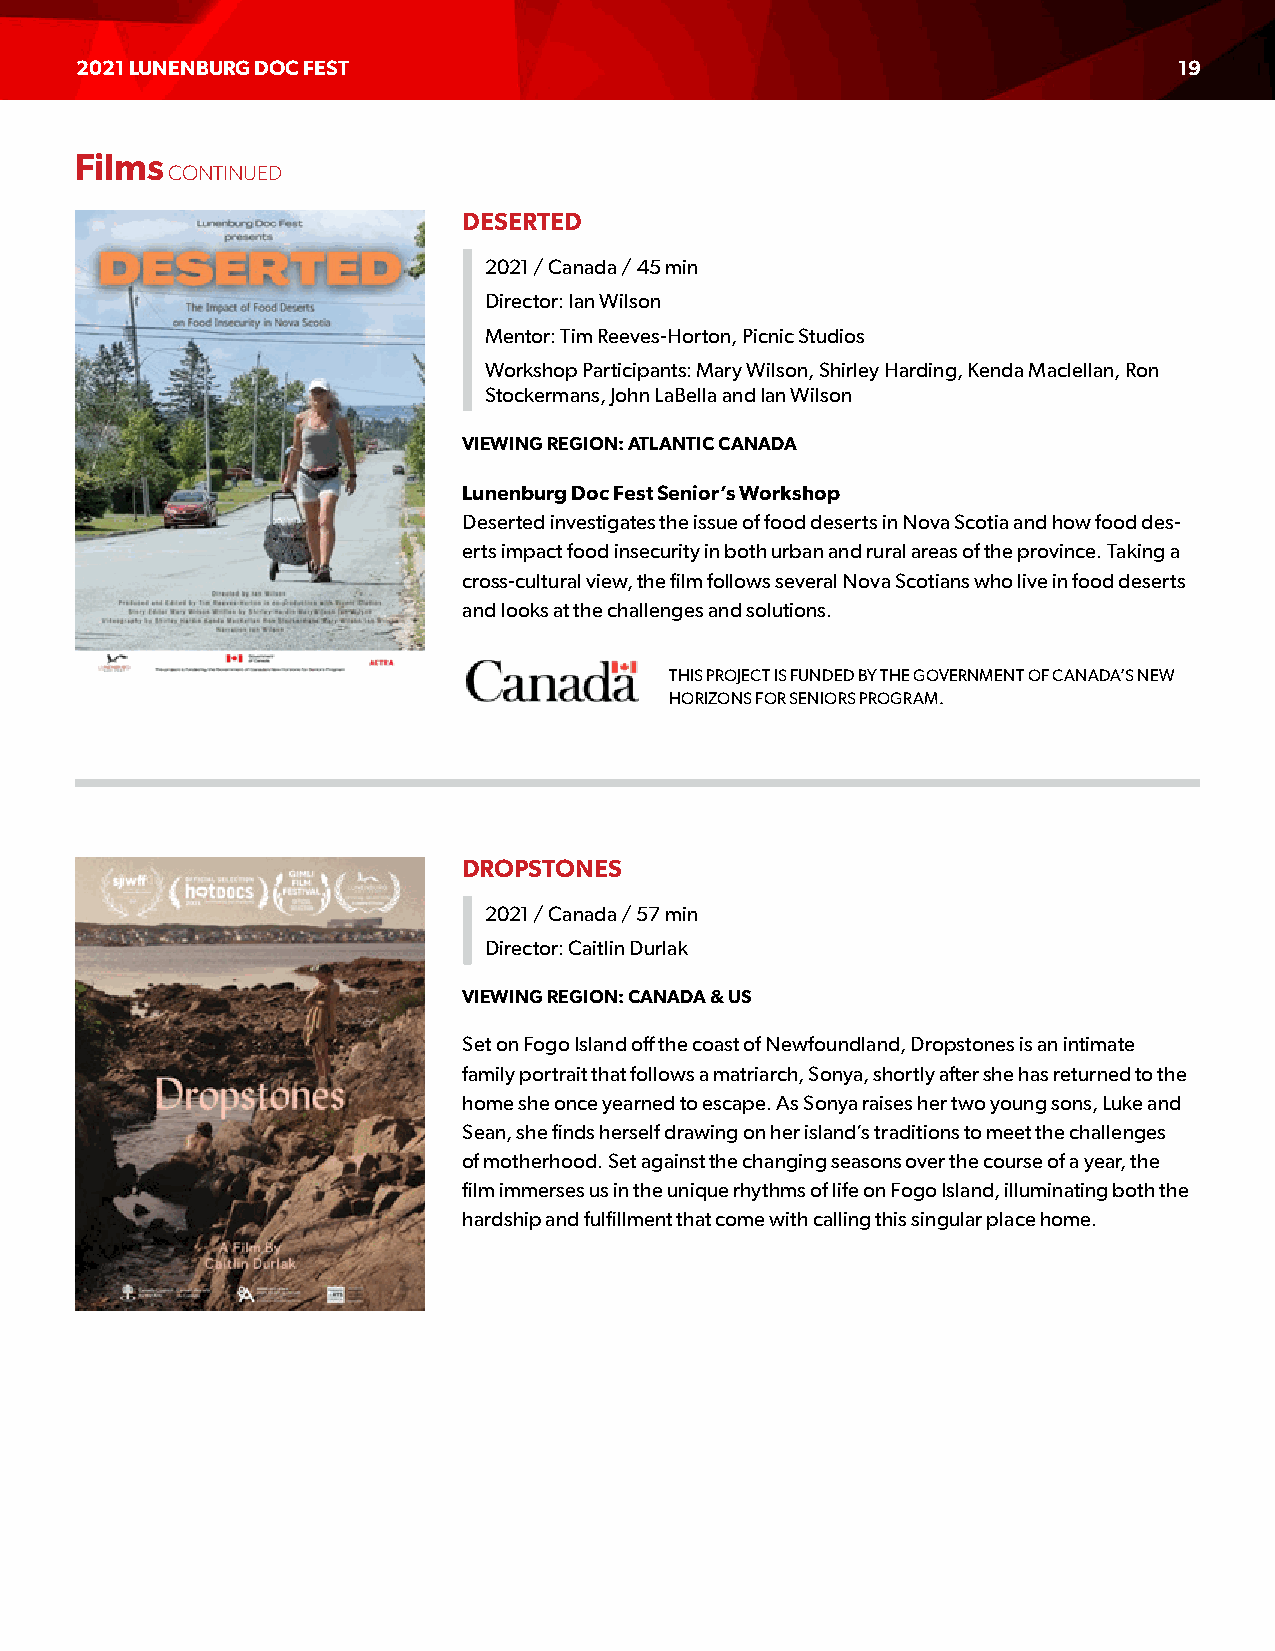
2021 LUNENBURG DOC FEST                                                  19
 Films
 CONTINUED
 DESERTED
 2021 / Canada / 45 min
 Director: Ian Wilson
 Mentor: Tim Reeves-Horton, Picnic Studios
 Workshop Participants: Mary Wilson, Shirley Harding, Kenda Maclellan, Ron
 Stockermans, John LaBella and Ian Wilson
 VIEWING REGION: ATLANTIC CANADA
 Lunenburg Doc Fest Senior’s Workshop
 Deserted investigates the issue of food deserts in Nova Scotia and how food des-
 erts impact food insecurity in both urban and rural areas of the province. Taking a
 cross-cultural view, the film follows several Nova Scotians who live in food deserts
 and looks at the challenges and solutions.
 THIS PROJECT IS FUNDED BY THE GOVERNMENT OF CANADA’S NEW
 HORIZONS FOR SENIORS PROGRAM.
 DROPSTONES
 2021 / Canada / 57 min
 Director: Caitlin Durlak
 VIEWING REGION: CANADA & US
 Set on Fogo Island off the coast of Newfoundland, Dropstones is an intimate
 family portrait that follows a matriarch, Sonya, shortly after she has returned to the
 home she once yearned to escape. As Sonya raises her two young sons, Luke and
 Sean, she finds herself drawing on her island’s traditions to meet the challenges
 of motherhood. Set against the changing seasons over the course of a year, the
 film immerses us in the unique rhythms of life on Fogo Island, illuminating both the
 hardship and fulfillment that come with calling this singular place home.